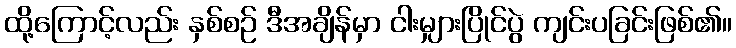
ထို့ကြောင့်လည်း နှစ်စဉ် ဒီအချိန်မှာ ငါးမျှားပြိုင်ပွဲ ကျင်းပခြင်းဖြစ်၏။